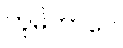
ဘူမိဘာဂေ